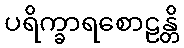
ပရိက္ခာရစောဠန္တိ